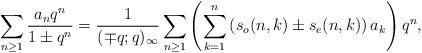
LaTeX: \begin{align*} \sum_{n \geq 1} \frac{a_n q^n}{1 \pm q^n} & = \frac{1}{(\mp q; q)_{\infty}} \sum_{n \geq 1} \left(\sum_{k=1}^n \left(s_o(n, k) \pm s_e(n, k)\right) a_k\right) q^n, \end{align*}